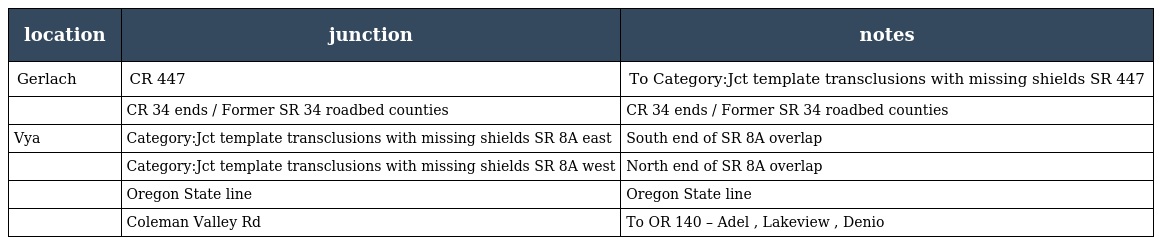
| location | junction | notes |
 | --- | --- | --- |
 | Gerlach | CR 447 | To Category:Jct template transclusions with missing shields SR 447 |
 |  | CR 34 ends / Former SR 34 roadbed counties | CR 34 ends / Former SR 34 roadbed counties |
 | Vya | Category:Jct template transclusions with missing shields SR 8A east | South end of SR 8A overlap |
 |  | Category:Jct template transclusions with missing shields SR 8A west | North end of SR 8A overlap |
 |  | Oregon State line | Oregon State line |
 |  | Coleman Valley Rd | To OR 140 – Adel , Lakeview , Denio |